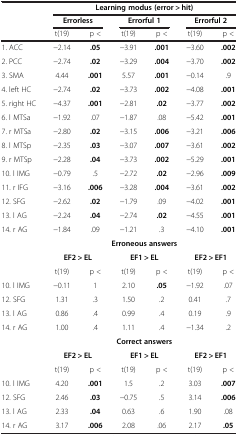
<table><thead><tr><td><b> </b></td><td colspan="6"><b>Learning modus (error &gt; hit)</b></td></tr><tr><td><b> </b></td><td colspan="2"><b>Errorless</b></td><td colspan="2"><b>Errorful 1</b></td><td colspan="2"><b>Errorful 2</b></td></tr><tr><td><b> </b></td><td><b>t(19)</b></td><td><b>p &lt;</b></td><td><b>t(19)</b></td><td><b>p &lt;</b></td><td><b>t(19)</b></td><td><b>p &lt;</b></td></tr></thead><tbody><tr><td>1. ACC</td><td>-2.14</td><td><b>.05</b></td><td>-3.91</td><td><b>.001</b></td><td>-3.60</td><td><b>.002</b></td></tr><tr><td>2. PCC</td><td>-2.74</td><td><b>.02</b></td><td>-3.29</td><td><b>.004</b></td><td>-3.70</td><td><b>.002</b></td></tr><tr><td>3. SMA</td><td>4.44</td><td><b>.001</b></td><td>5.57</td><td><b>.001</b></td><td>-0.14</td><td>.9</td></tr><tr><td>4. left HC</td><td>-2.74</td><td><b>.02</b></td><td>-3.73</td><td><b>.002</b></td><td>-4.08</td><td><b>.001</b></td></tr><tr><td>5. right HC</td><td>-4.37</td><td><b>.001</b></td><td>-2.81</td><td><b>.02</b></td><td>-3.77</td><td><b>.002</b></td></tr><tr><td>6. l MTSa</td><td>-1.92</td><td>.07</td><td>-1.87</td><td>.08</td><td>-5.42</td><td><b>.001</b></td></tr><tr><td>7. r MTSa</td><td>-2.80</td><td><b>.02</b></td><td>-3.15</td><td><b>.006</b></td><td>-3.21</td><td><b>.006</b></td></tr><tr><td>8. l MTSp</td><td>-2.35</td><td><b>.03</b></td><td>-3.07</td><td><b>.007</b></td><td>-3.61</td><td><b>.002</b></td></tr><tr><td>9. r MTSp</td><td>-2.28</td><td><b>.04</b></td><td>-3.73</td><td><b>.002</b></td><td>-5.29</td><td><b>.001</b></td></tr><tr><td>10. l IMG</td><td>-0.79</td><td>.5</td><td>-2.72</td><td><b>.02</b></td><td>-2.96</td><td><b>.009</b></td></tr><tr><td>11. r IFG</td><td>-3.16</td><td><b>.006</b></td><td>-3.28</td><td><b>.004</b></td><td>-3.61</td><td><b>.002</b></td></tr><tr><td>12. SFG</td><td>-2.62</td><td><b>.02</b></td><td>-1.79</td><td>.09</td><td>-4.02</td><td><b>.001</b></td></tr><tr><td>13. l AG</td><td>-2.24</td><td><b>.04</b></td><td>-2.74</td><td><b>.02</b></td><td>-4.55</td><td><b>.001</b></td></tr><tr><td>14. r AG</td><td>-1.84</td><td>.09</td><td>-1.21</td><td>.3</td><td>-4.10</td><td><b>.001</b></td></tr><tr><td> </td><td colspan="6"><b>Erroneous answers</b></td></tr><tr><td> </td><td colspan="2"><b>EF2 &gt; EL</b></td><td colspan="2"><b>EF1 &gt; EL</b></td><td colspan="2"><b>EF2 &gt; EF1</b></td></tr><tr><td> </td><td>t(19)</td><td>p &lt;</td><td>t(19)</td><td>p &lt;</td><td>t(19)</td><td>p &lt;</td></tr><tr><td>10. l IMG</td><td>-0.11</td><td>1</td><td>2.10</td><td><b>.05</b></td><td>-1.92</td><td>.07</td></tr><tr><td>12. SFG</td><td>1.31</td><td>.3</td><td>1.50</td><td>.2</td><td>0.41</td><td>.7</td></tr><tr><td>13. l AG</td><td>0.86</td><td>.4</td><td>0.99</td><td>.4</td><td>0.19</td><td>.9</td></tr><tr><td>14. r AG</td><td>1.00</td><td>.4</td><td>1.11</td><td>.4</td><td>-1.34</td><td>.2</td></tr><tr><td> </td><td colspan="6"><b>Correct answers</b></td></tr><tr><td> </td><td colspan="2"><b>EF2 &gt; EL</b></td><td colspan="2"><b>EF1 &gt; EL</b></td><td colspan="2"><b>EF2 &gt; EF1</b></td></tr><tr><td> </td><td>t(19)</td><td>p &lt;</td><td>t(19)</td><td>p &lt;</td><td>t(19)</td><td>p &lt;</td></tr><tr><td>10. l IMG</td><td>4.20</td><td><b>.001</b></td><td>1.5</td><td>.2</td><td>3.03</td><td><b>.007</b></td></tr><tr><td>12. SFG</td><td>2.46</td><td><b>.03</b></td><td>-0.75</td><td>.5</td><td>3.14</td><td><b>.006</b></td></tr><tr><td>13. l AG</td><td>2.33</td><td><b>.04</b></td><td>0.63</td><td>.6</td><td>1.90</td><td>.08</td></tr><tr><td>14. r AG</td><td>3.17</td><td><b>.006</b></td><td>2.08</td><td>.06</td><td>2.17</td><td><b>.05</b></td></tr></tbody></table>